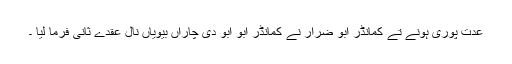
عدت پوری ہونے تے کمانڈر ابو ضرار نے کمانڈر ابو ابو دی چاراں بیویاں نال عقدے ثانی فرما لیا ۔